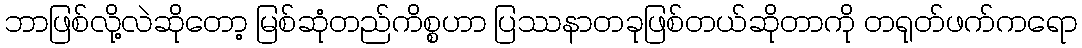
ဘာဖြစ်လို့လဲဆိုတော့ မြစ်ဆုံတည်ကိစ္စဟာ ပြဿနာတခုဖြစ်တယ်ဆိုတာကို တရုတ်ဖက်ကရော